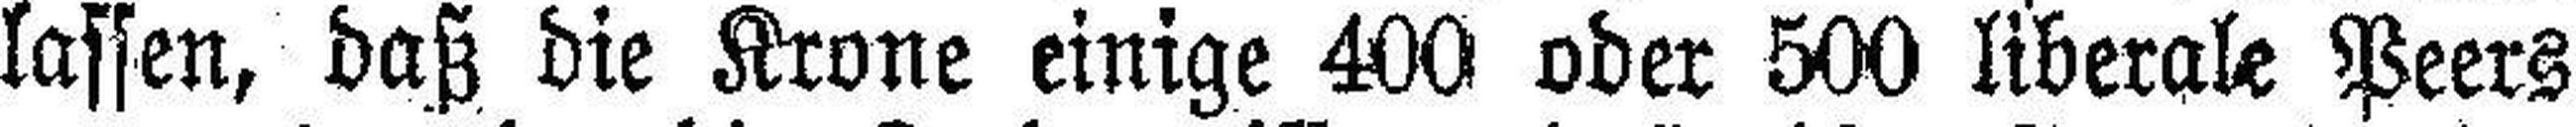
lassen, daß die Krone einige 400 oder 500 liberale Peers